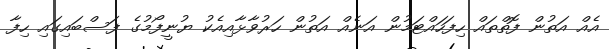
އެއް އަތުން ފޮތްތައް ހިފަހައްޓަމުން އަނެއް އަތުން ހަރުވާޅާއިއެކު ޔުނީފޯމުގެ ފަސްބައިގައި ހިފާ